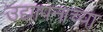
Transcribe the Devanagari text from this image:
उद्यापनाच्या